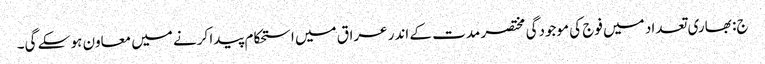
ج: بھاری تعداد میں فوج کی موجودگی مختصر مدت کے اندر عراق میں استحکام پیدا کرنے میں معاون ہو سکے گی۔